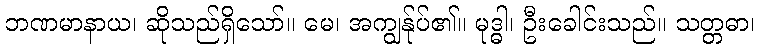
ဘဏမာနာယ၊ ဆိုသည်ရှိသော်။ မေ၊ အကျွန်ုပ်၏။ မုဒ္ဓါ၊ ဦးခေါင်းသည်။ သတ္တဓာ၊